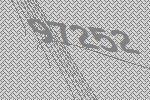
97252